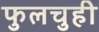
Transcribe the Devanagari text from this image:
फुलचुही